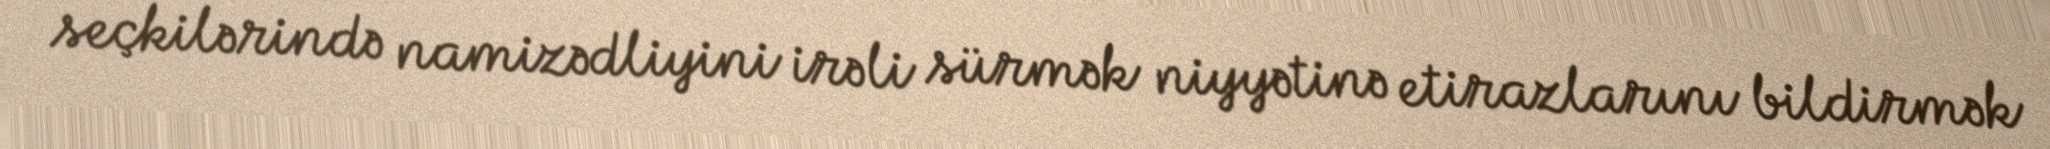
seçkilərində namizədliyini irəli sürmək niyyətinə etirazlarını bildirmək